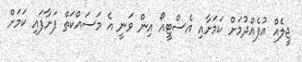
ޖީލެއް އުފެއްދުމަށް ކަމަށާއި އެސްޓީއޯ އިން ވަނީ އެ މަސައްކަތް ފަށާފައި ކަމަށް